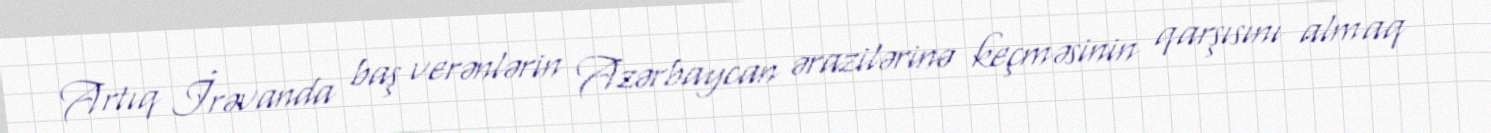
Artıq İrəvanda baş verənlərin Azərbaycan ərazilərinə keçməsinin qarşısını almaq